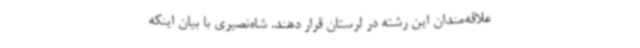
علاقه‌مندان این رشته در لرستان قرار دهند. شاه‌نصیری با بیان اینکه